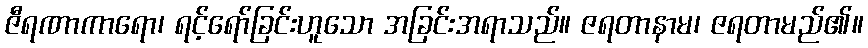
ဇီရဏာကာရော၊ ရင့်ရော်ခြင်းဟူသော အခြင်းအရာသည်။ ဇရတာနာမ၊ ဇရတာမည်၏။